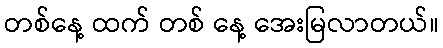
တစ်နေ့ ထက် တစ် နေ့ အေးမြလာတယ်။